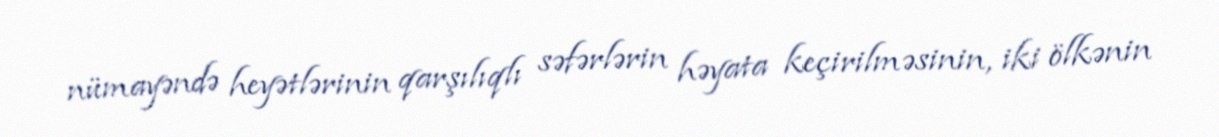
nümayəndə heyətlərinin qarşılıqlı səfərlərin həyata keçirilməsinin, iki ölkənin